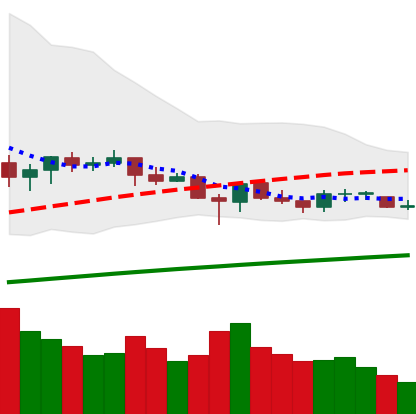
Ticker: ETC-USD
Chart end date: 2021-06-17
Forward return: -34.228%
Label: down_7plus